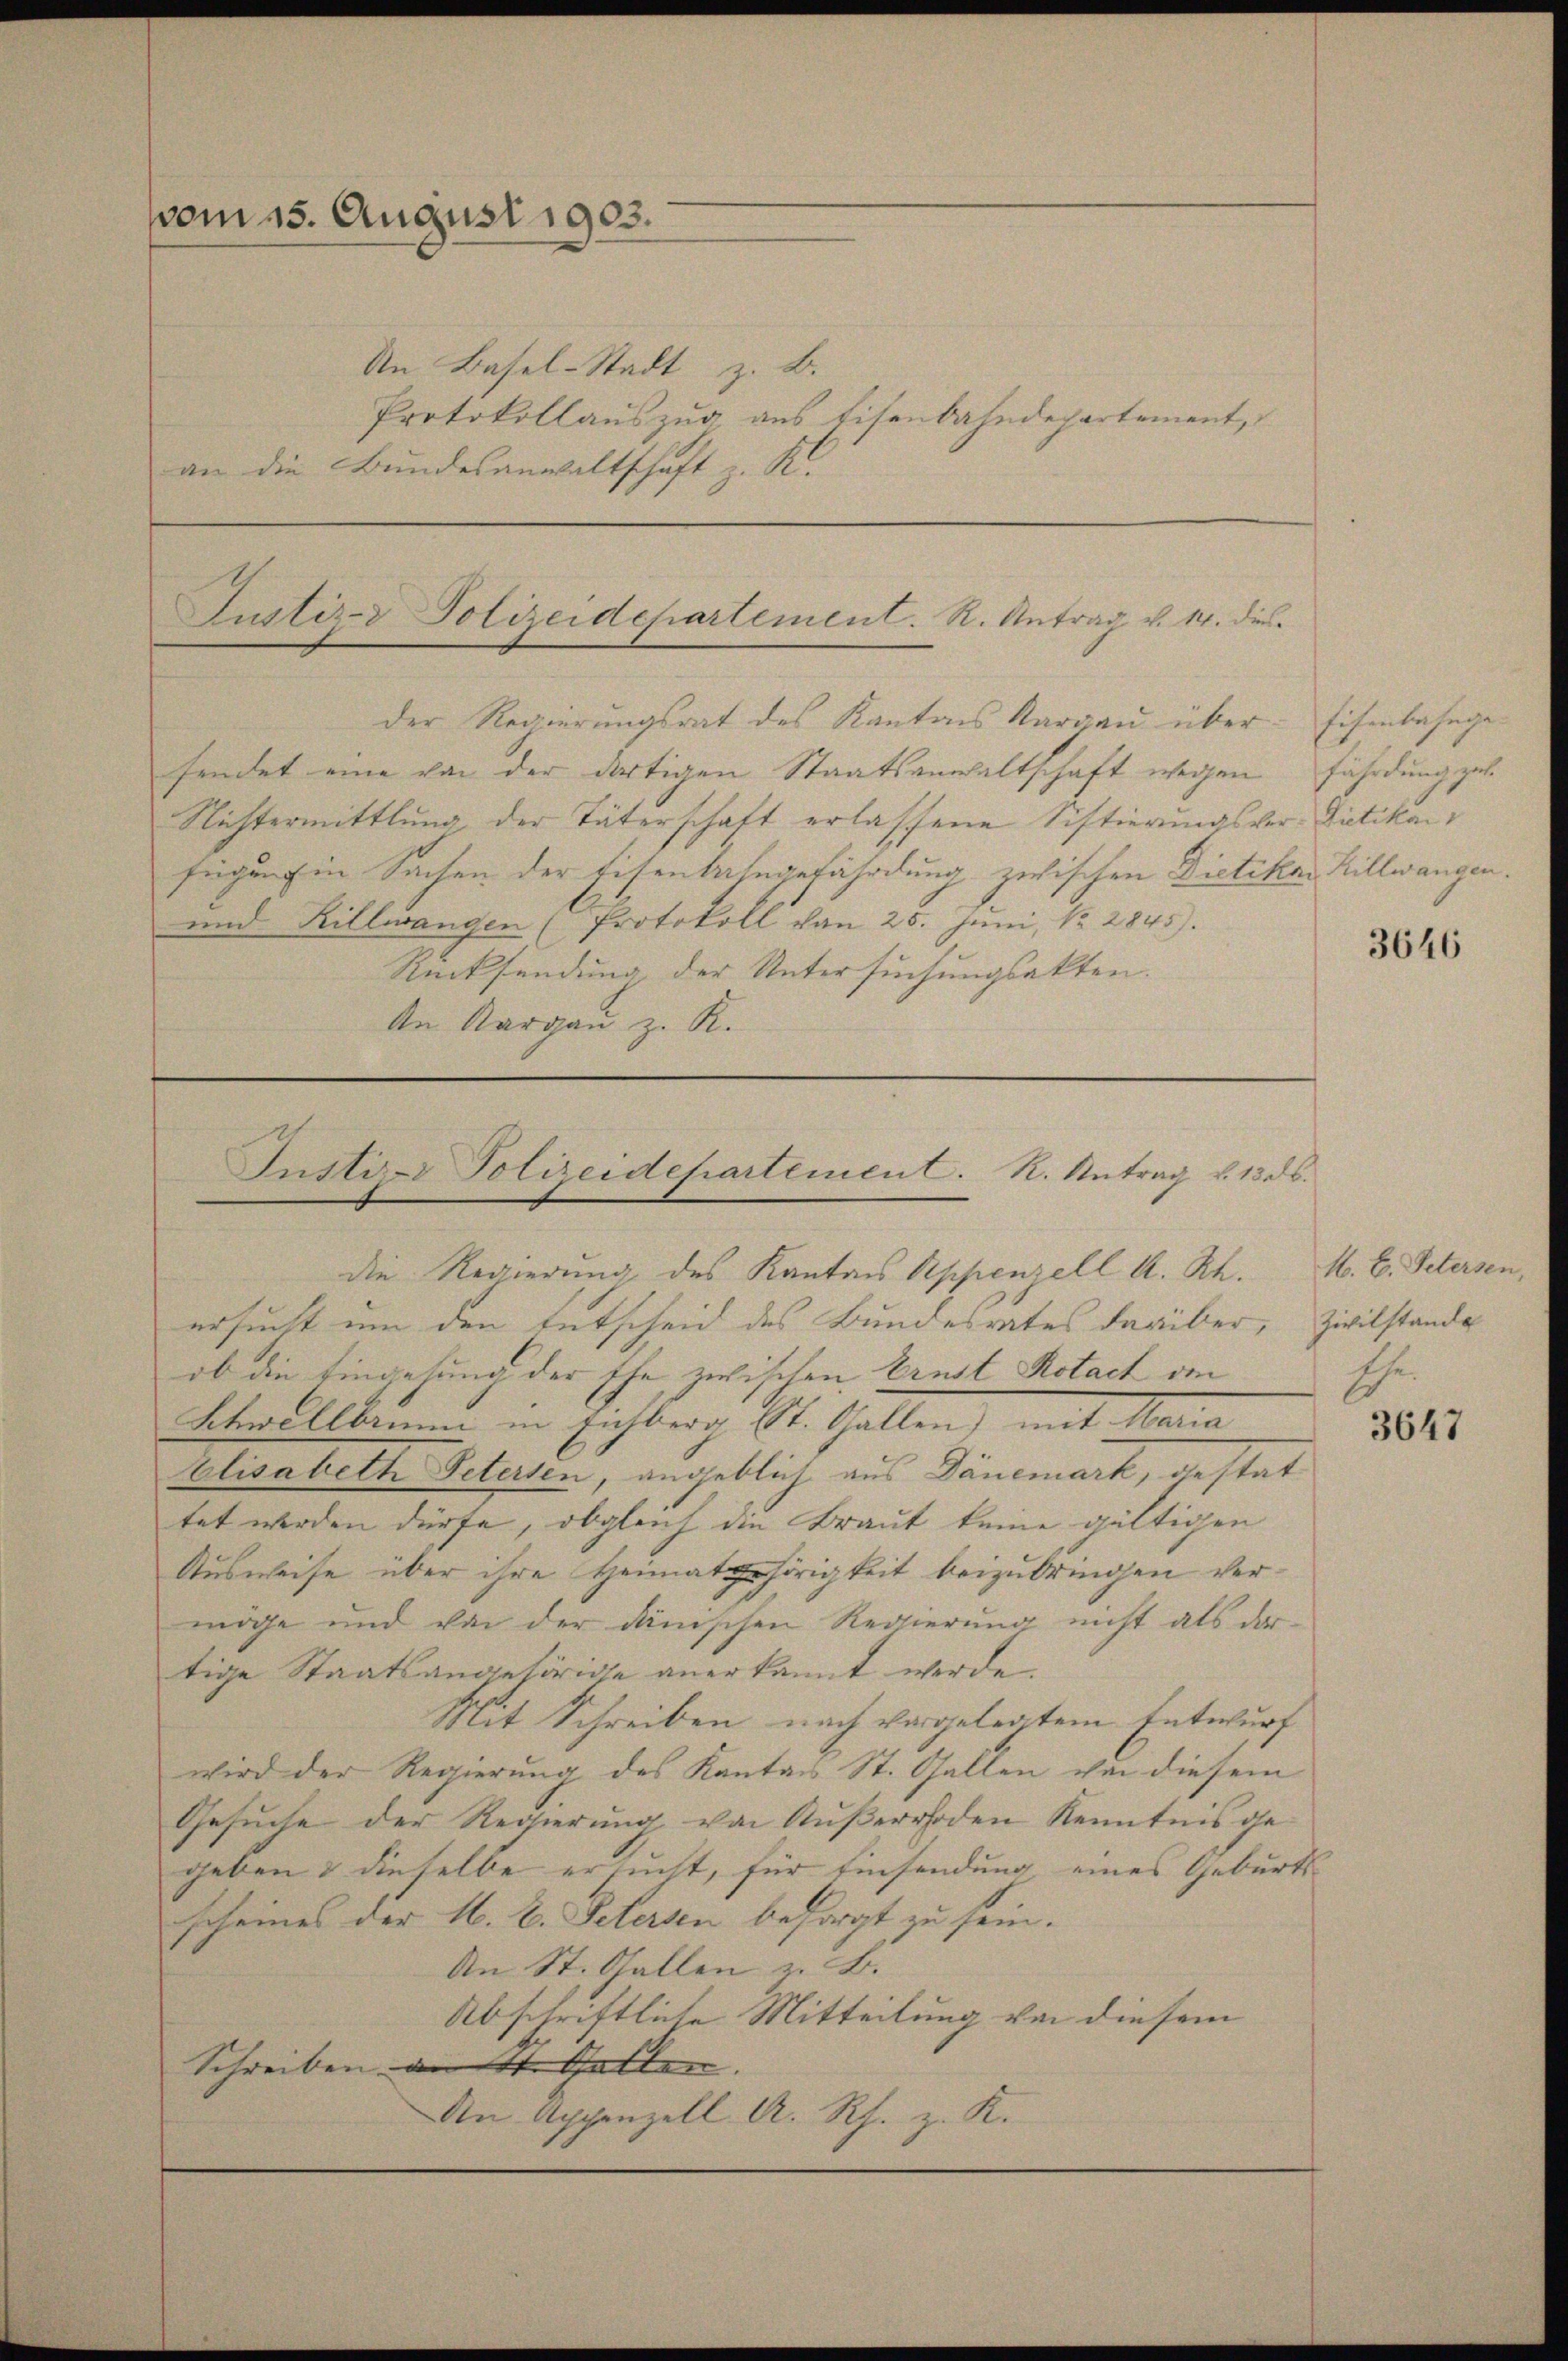
vom 15. August 1903.
An Basel-Stadt z. B.
an die Bundesanwaltschaft z. K.

Nichtermittlung der Täterschaft erlassene Sistierungsver-Dietikon
fügung in Sachen der Eisenbahngefährdung zwischen Dietikar Hillwangen.
und Rillwangen (Protokoll von 25. Juni, Nr. 2845).
Rücksendung der Untersuchungsakten.

Protokollauszug aus Eisenbahndepartement,

Justiz- & Polizeidepartement. R. Antrag v. 14. dies
Der Regierungsrat des Kantons Aargau über
sendet eine von der dortigen Staatsanwaltschaft wegen fährdung zu¬

An Aargau z. R.

Justiz- Polizeidepartement. R. Antrag d. 13. ds.
die Regierung des Kantons Appenzell A. Rh.

Eisenbahnge¬

ersucht um den Entscheid des Bundesrates darüber, Zivilstande
ib die Eingesung der Ehe zwischen Ernst Rotach an
Aber Alberne in Eichberg St. Gallen, mit Mona
Elisabeth Petersen, angeblich aus Dänemark, gestat
tet werden dürfe, obgleich die Braut keine gültigen
Ausweise über ihre Heimat gehörigkeit beizubringen vermöge und von der dänischen Regierŭng nicht als dar-
tige Staatsangehörige anerkannt werde.
Mit Schreiben nach vorgelegtem Entwurf
wird der Regierung des Kanton St. Gallen von diesem
Gesuche der Regierung von Außerrhoden Kenntnis ge-
geben & dieselbe ersucht, für Einsendung eines Geburtsscheines der N. V. Petersen besorgt zu sein.
An St. Gallen z. B.
Abschriftliche Mitteilung von diesem
Schreiben an St. Gallen. |
An Appenzell A. Rh. z. K.

3646

M. E. Petersen
Ehe.

3647